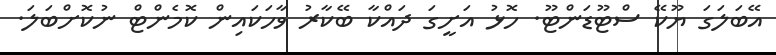
އޭބަލަގަ ޔޫކޭ ސްޓޫޑަންޓޫ. ހޮޅު އަށީގަ ދައްކާ ބޭކާރު ވާހަކައިން ކޮމެންޓް ނުކޮށްބަލަ.